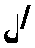
၂/